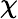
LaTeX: \mathcal{\chi}